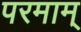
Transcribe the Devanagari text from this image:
परमाम्